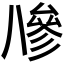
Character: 𠔭